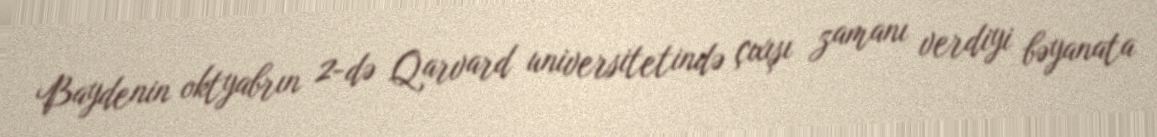
Baydenin oktyabrın 2-də Qarvard universitetində çıxışı zamanı verdiyi bəyanata